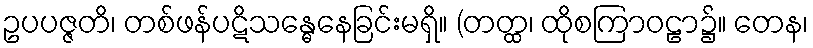
ဥပပဇ္ဇတိ၊ တစ်ဖန်ပဋိသန္ဓေနေခြင်းမရှိ။ (တတ္ထ၊ ထိုစကြာဝဠာ၌။ တေန၊